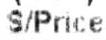
S/PRICE